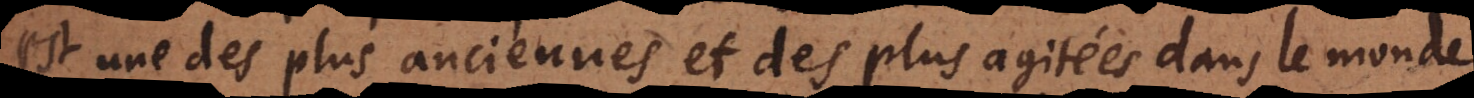
est une des plus anciennes et des plus agitées dans le monde.